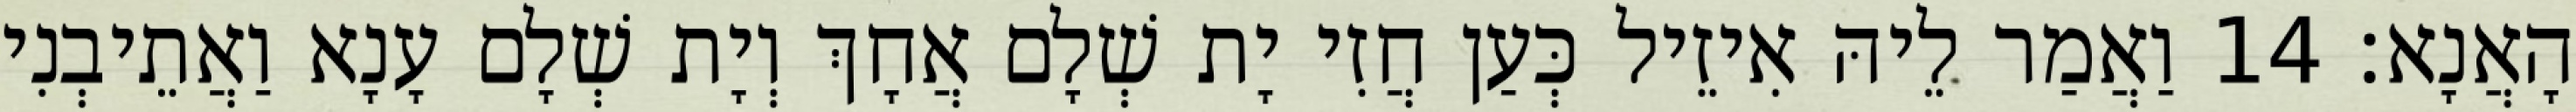
הָאֲנָא׃ 14 וַאֲמַר לֵיהּ אִיזֵיל כְּעַן חֲזִי יָת שְׁלָם אֲחָךְ וְיָת שְׁלָם עָנָא וַאֲתֵיבְנִי